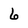
Character: 6